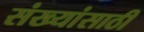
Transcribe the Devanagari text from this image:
संख्यांसाठी